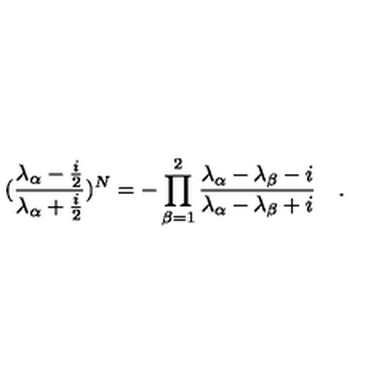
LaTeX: ( \frac { \lambda _ { \alpha } - \frac { i } { 2 } } { \lambda _ { \alpha } + \frac { i } { 2 } } ) ^ { N } = - \prod _ { \beta = 1 } ^ { 2 } \frac { \lambda _ { \alpha } - \lambda _ { \beta } - i } { \lambda _ { \alpha } - \lambda _ { \beta } + i } \quad .